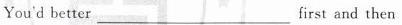
You'd better ___first and then